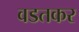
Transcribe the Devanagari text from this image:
वडतकर